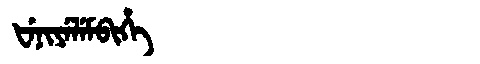
Manchu: ᡶᡝᠨᡳᠶᡝᠯᡝᠮᠪᡳᡥᡝ
Romanization: FENIYELEMBIHE